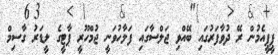
ޕީޕީއެމުން ރޭ ދުވާފަރުގައި ބޭއްވި ޖަލްސާގައި ފަލާހުވަނީ ޖުމްހޫރީ ޕާޓީގެ ލީޑަރު ގާސިމް